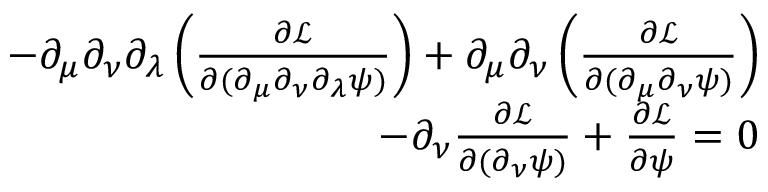
\begin{array} { r } { - \partial _ { \mu } \partial _ { \nu } \partial _ { \lambda } \left( \frac { \partial \mathcal { L } } { \partial ( \partial _ { \mu } \partial _ { \nu } \partial _ { \lambda } \psi ) } \right) + \partial _ { \mu } \partial _ { \nu } \left( \frac { \partial \mathcal { L } } { \partial ( \partial _ { \mu } \partial _ { \nu } \psi ) } \right) } \\ { - \partial _ { \nu } \frac { \partial \mathcal { L } } { \partial ( \partial _ { \nu } \psi ) } + \frac { \partial \mathcal { L } } { \partial \psi } = 0 } \end{array}